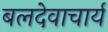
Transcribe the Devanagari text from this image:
बलदेवाचार्य